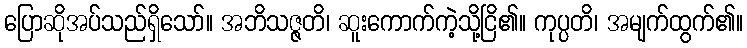
ပြောဆိုအပ်သည်ရှိသော်။ အဘိသဇ္ဇတိ၊ ဆူးကောက်ကဲ့သို့ငြိ၏။ ကုပ္ပတိ၊ အမျက်ထွက်၏။